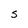
Character: S